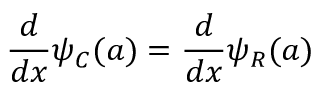
{ \frac { d } { d x } } \psi _ { C } ( a ) = { \frac { d } { d x } } \psi _ { R } ( a )